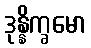
ဒုန္နိက္ခမော